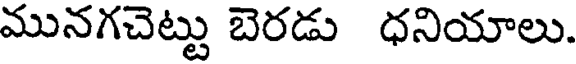
మునగచెట్టు బెరడు ధనియాలు.